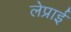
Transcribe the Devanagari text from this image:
लेप्राई